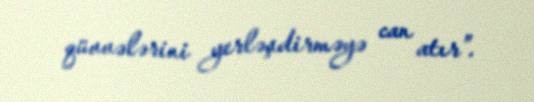
qüvvələrini yerləşdirməyə can atır”.